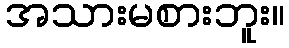
အသားမစားဘူး။